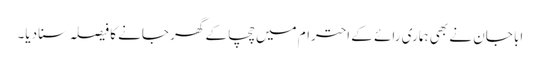
ابا جان نے بھی ہماری رائے کے احترام میں چچا کے گھر جانے کا فیصلہ سنا دیا۔